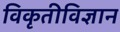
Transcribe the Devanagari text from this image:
विकृतीविज्ञान